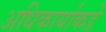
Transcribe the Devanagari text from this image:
अधिकार्याकडे